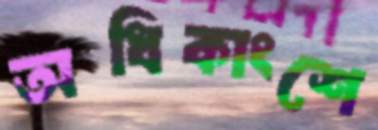
অধিকাংশে